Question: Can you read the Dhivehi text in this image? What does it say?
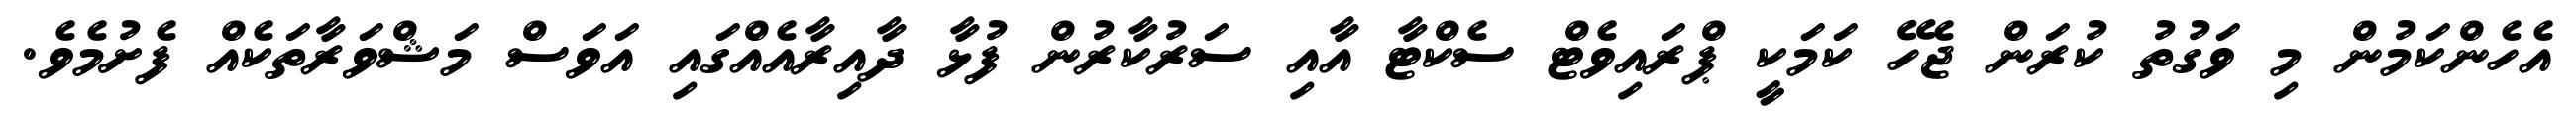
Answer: އެހެންކަމުން މި ވަގުތު ކުރަން ޖެހޭ ކަމަކީ ޕްރައިވެޓް ސެކްޓާ އާއި ސަރުކާރުން ފުޅާ ދާއިރާއެއްގައި އަވަސް މަޝްވަރާތަކެއް ފެށުމެވެ.